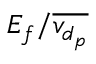
E _ { f } / \overline { { v _ { d _ { p } } } }